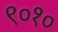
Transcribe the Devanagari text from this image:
९०१०